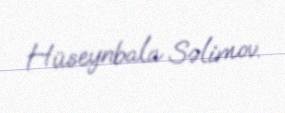
Hüseynbala Səlimov.